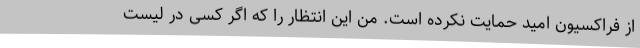
از فراکسیون امید حمایت نکرده است. من این انتظار را که اگر کسی در لیست